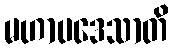
မဟာပဒေသာတိ